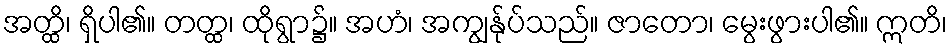
အတ္ထိ၊ ရှိပါ၏။ တတ္ထ၊ ထိုရွာ၌။ အဟံ၊ အကျွန်ုပ်သည်။ ဇာတော၊ မွေးဖွားပါ၏။ ဣတိ၊